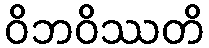
ဝိဘဝိဿတိ